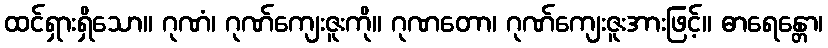
ထင်ရှားရှိသော။ ဂုဏံ၊ ဂုဏ်ကျေးဇူးကို။ ဂုဏတော၊ ဂုဏ်ကျေးဇူးအားဖြင့်။ ဓာရေန္တော၊